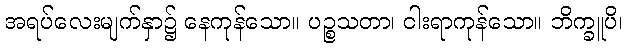
အရပ်လေးမျက်နှာ၌ နေကုန်သော။ ပဉ္စသတာ၊ ငါးရာကုန်သော။ ဘိက္ခူပိ၊